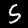
Label: 5